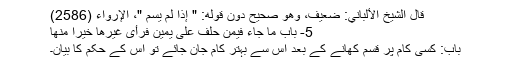
قال الشيخ الألباني: ضعيف، وهو صحيح دون قوله: " إذا لم يسم "، الإرواء (2586)
5- باب مَا جَاءَ فِيمَنْ حَلَفَ عَلَى يَمِينٍ فَرَأَى غَيْرَهَا خَيْرًا مِنْهَا
باب: کسی کام پر قسم کھانے کے بعد اس سے بہتر کام جان جائے تو اس کے حکم کا بیان۔